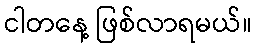
ငါတနေ့ ဖြစ်လာရမယ်။